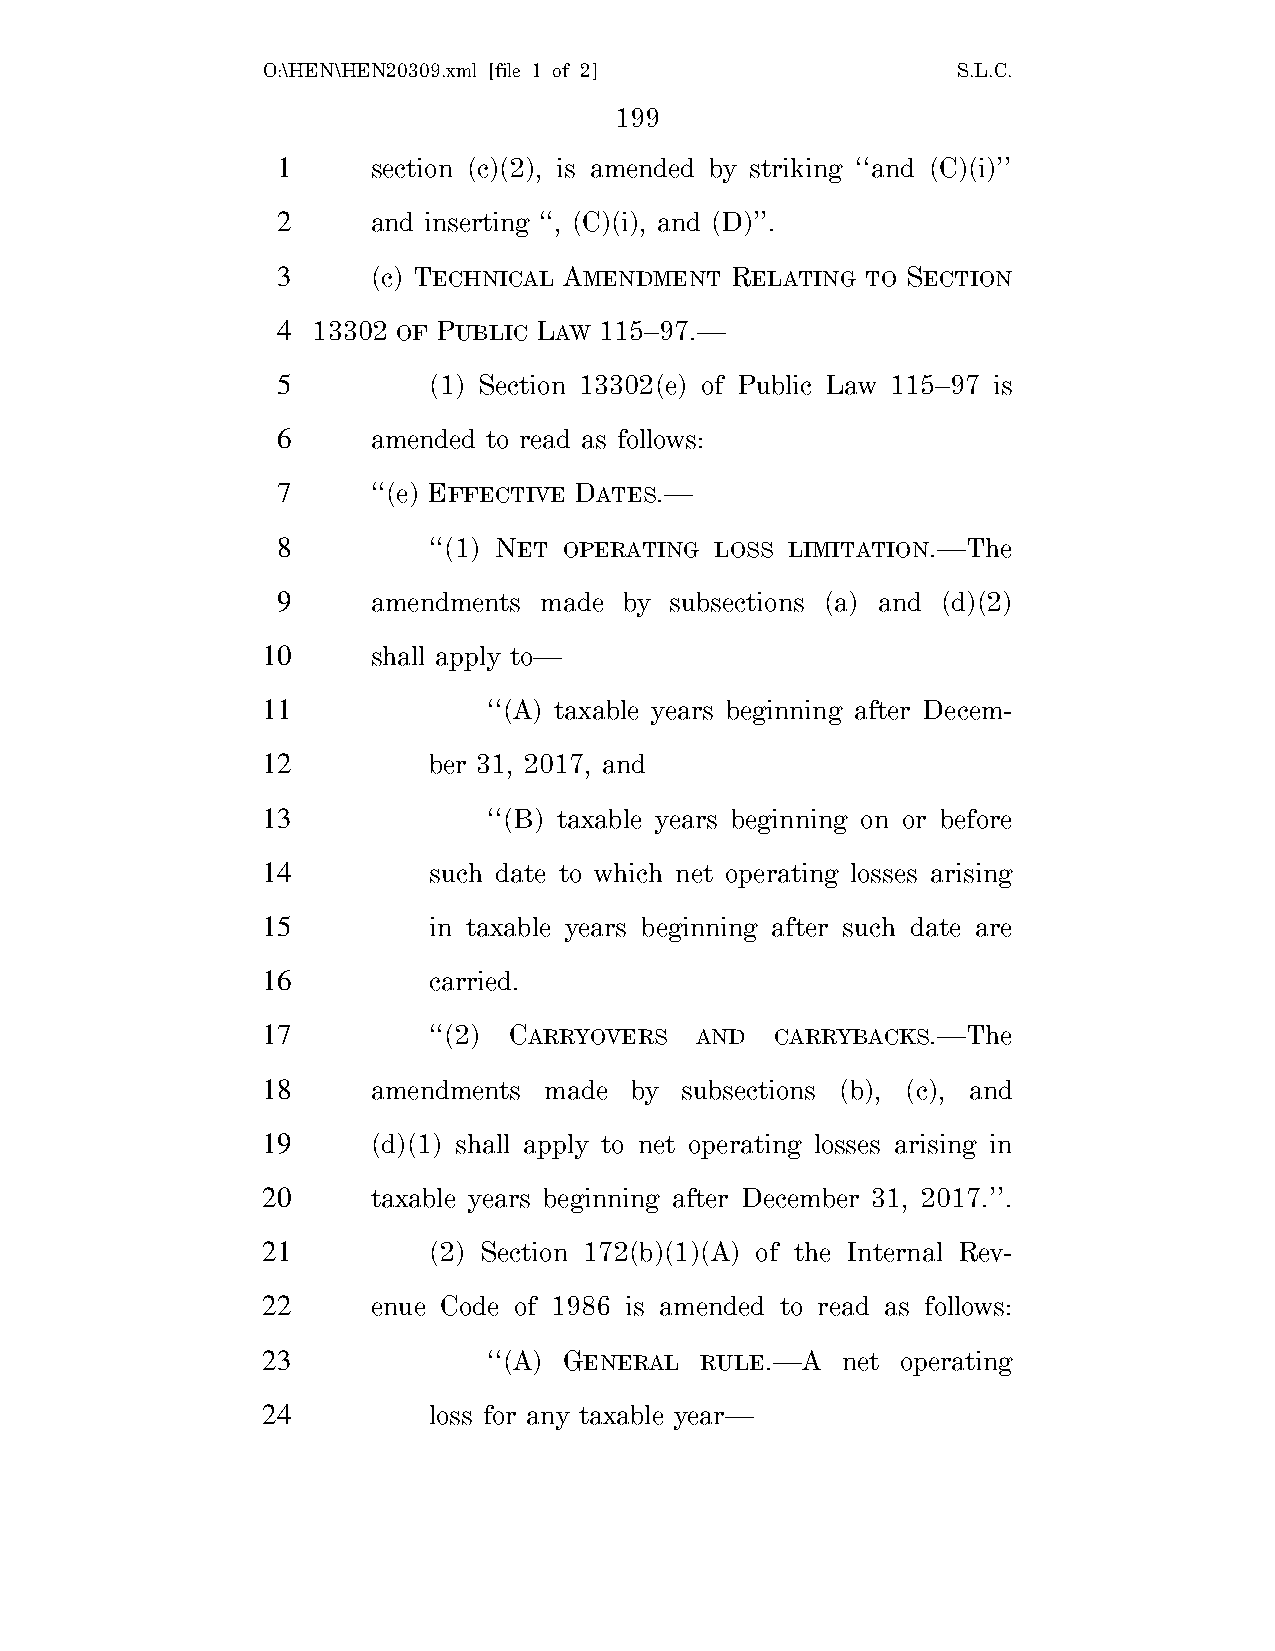
O:\HEN\HEN20309.xml [file 1 of 2]             S.L.C.
 199
 1      section (c)(2), is amended by striking ‘‘and (C)(i)’’
 2      and inserting ‘‘, (C)(i), and (D)’’.
 3      (c) TECHNICAL AMENDMENT RELATING TO SECTION
 4  13302 OF PUBLIC LAW 115–97.—
 5         (1) Section 13302(e) of Public Law 115–97 is
 6      amended to read as follows:
 7      ‘‘(e) EFFECTIVE DATES.—
 8         ‘‘(1) NET OPERATING LOSS LIMITATION.—The
 9      amendments made by subsections (a) and (d)(2)
 10      shall apply to—
 11             ‘‘(A) taxable years beginning after Decem-
 12         ber 31, 2017, and
 13             ‘‘(B) taxable years beginning on or before
 14         such date to which net operating losses arising
 15         in taxable years beginning after such date are
 16         carried.
 17         ‘‘(2) CARRYOVERS  AND  CARRYBACKS.—The
 18      amendments made  by subsections (b), (c), and
 19      (d)(1) shall apply to net operating losses arising in
 20      taxable years beginning after December 31, 2017.’’.
 21         (2) Section 172(b)(1)(A) of the Internal Rev-
 22      enue Code of 1986 is amended to read as follows:
 23             ‘‘(A) GENERAL RULE.—A   net operating
 24         loss for any taxable year—